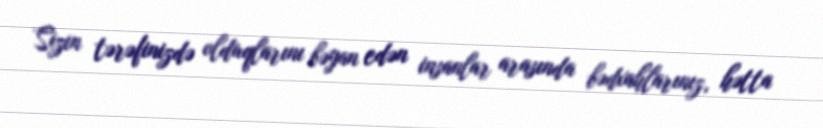
Sizin tərəfinizdə olduqlarını bəyan edən insanlar arasında bədxahlarınız, hətta